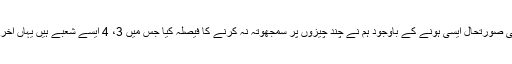
مشیر خزانہ نے کہا کہ مجموعی طور پر معاشی صورتحال ایسی ہونے کے باوجود ہم نے چند چیزوں پر سمجھوتہ نہ کرنے کا فیصلہ کیا جس میں 3، 4 ایسے شعبے ہیں یہاں اخراجات کم کرنے کے بجائے بڑھائے جائیں گے۔